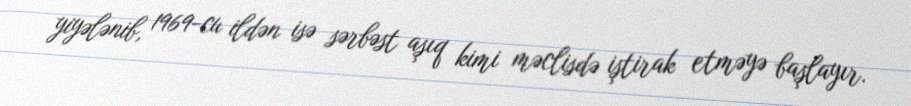
yiyələnib, 1969-cu ildən isə sərbəst aşıq kimi məclisdə iştirak etməyə başlayır.